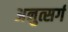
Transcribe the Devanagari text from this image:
अनुत्सर्ग